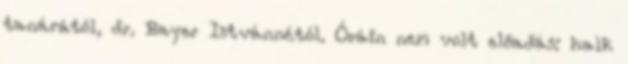
tanárától, dr. Bayer Istvánnétól. Óráin nem volt előadás: halk